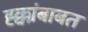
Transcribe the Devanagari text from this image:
ह्क्कांबाबत